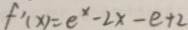
f ^ { \prime } ( x ) = e ^ { x } - 2 x - e + 2